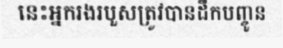
នេះអ្នករងរបួសត្រូវបានដឹកបញ្ចូន